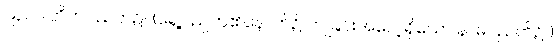
ဩပပါတိကပညတ်၌။ (ရှေ့ပညတ်၏နောက်၌ ကျခြင်းအလေ့ရှိသော နာမပညတ်၌။)